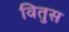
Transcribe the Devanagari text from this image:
वितुस